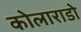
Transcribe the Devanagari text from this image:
कोलाराडो